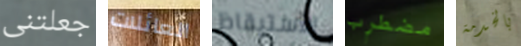
جعلتنى العائلات الاستيقاظ مضطرب بالخدمة